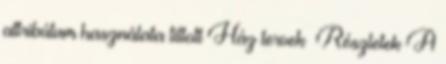
attribútum használata tiltott Ház tervek Részletek A